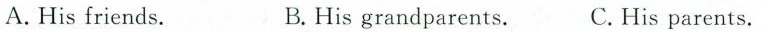
A.His friends. B. His grandparents.C. His parents.